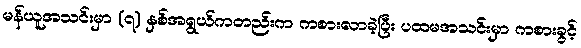
မန်ယူအသင်းမှာ (၇) နှစ်အရွယ်ကတည်းက ကစားလာခဲ့ပြီး ပထမအသင်းမှာ ကစားခွင့်